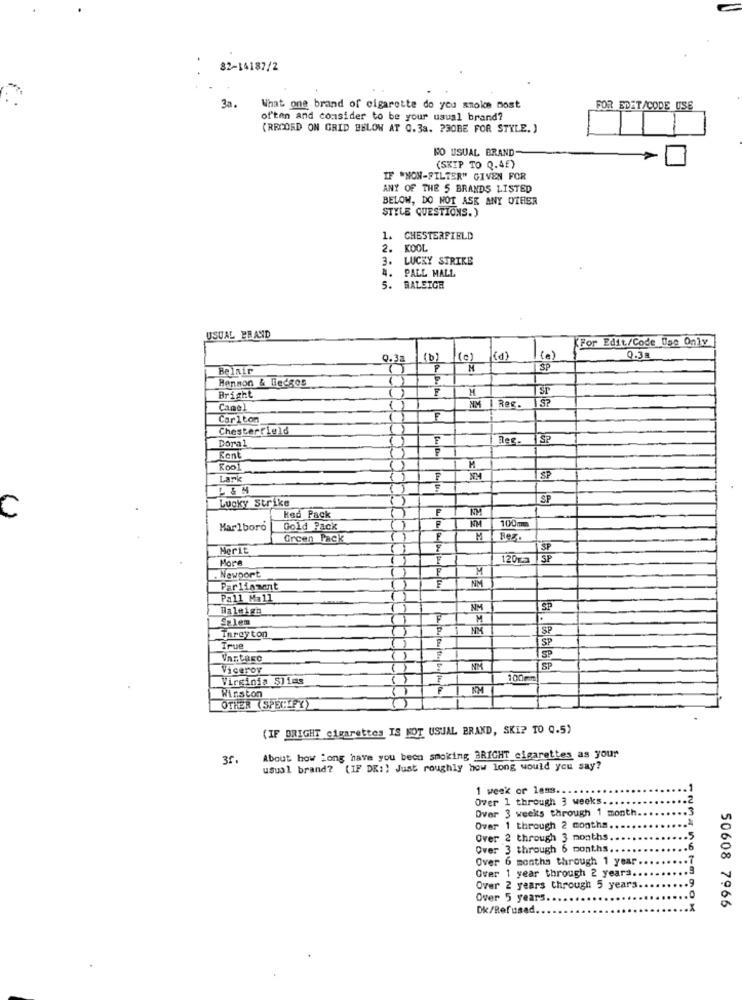
82-14187/2
3a.
What one brand of cigarette do you smoke most
FOR EDET/CODE USE
often and consider to be your usual brand?
(RECORD ON GRID BELOW AT 0.33. ? 30BE FOR STYLE. )
NO USUAL BRAND
(SKIP TO Q.4f)
IF "NON-FILTER" GIVEN FOR
ANY OF THE 5 BRANDS LISTED
BELOW, DO NOT ASK ANY OTHER
STYLE QUESTIONS.)
. CHESTERFIELD
2. KOOL
. LUCKY STRIKE
4. PALL MALL
5. RALEIGH
USUAL ERAND
(For Edit/Code Uge Only
0.33
(b)
(0)
(d)
(e)
0.3a
Belair
3P
Henson & Biedgos
P
M
ST
Bright
Camel
Rec.
Carlton
E
Chesterfield
Doral
Her.
SP
Kent
M
Koo
Lark
P
SP
Lucky Strike
SF
C
F
Ked Pack
100m
Marlboro
Gold Pack
Green Pack
F
Bez
Merit
SF
Mora
F
120g
SP
F
M
. Newport
F
Parliament
Pall Mall
Haleigh
NM
SP
Salem
M
NM
Tareyton
SP
True
SP
Viceroy
NM
Virginia ŞJims
100mm
Winston
OTHER (SPECIFY)
(IF BRIGHT cigarettes IS KOT USUAL BRAND, SKIP TO Q.5)
35.
About how long have you been smoking BRIGHT cigarettes as your
usual brand? (IF DK:) Just roughly how long would you say?
1 week or less ...
Over 1 through 3 weeks ..
Over 3 weeks through 1 month
Over 1 through 2 months.
Over 2 through 3 months.
Over 3 through 6 months.
Over 6 months through 1 year
Over 1 year through 2 years.
Over 2 years through 5 years
Over 5 years ..
Dk/Refused.
50608 7966